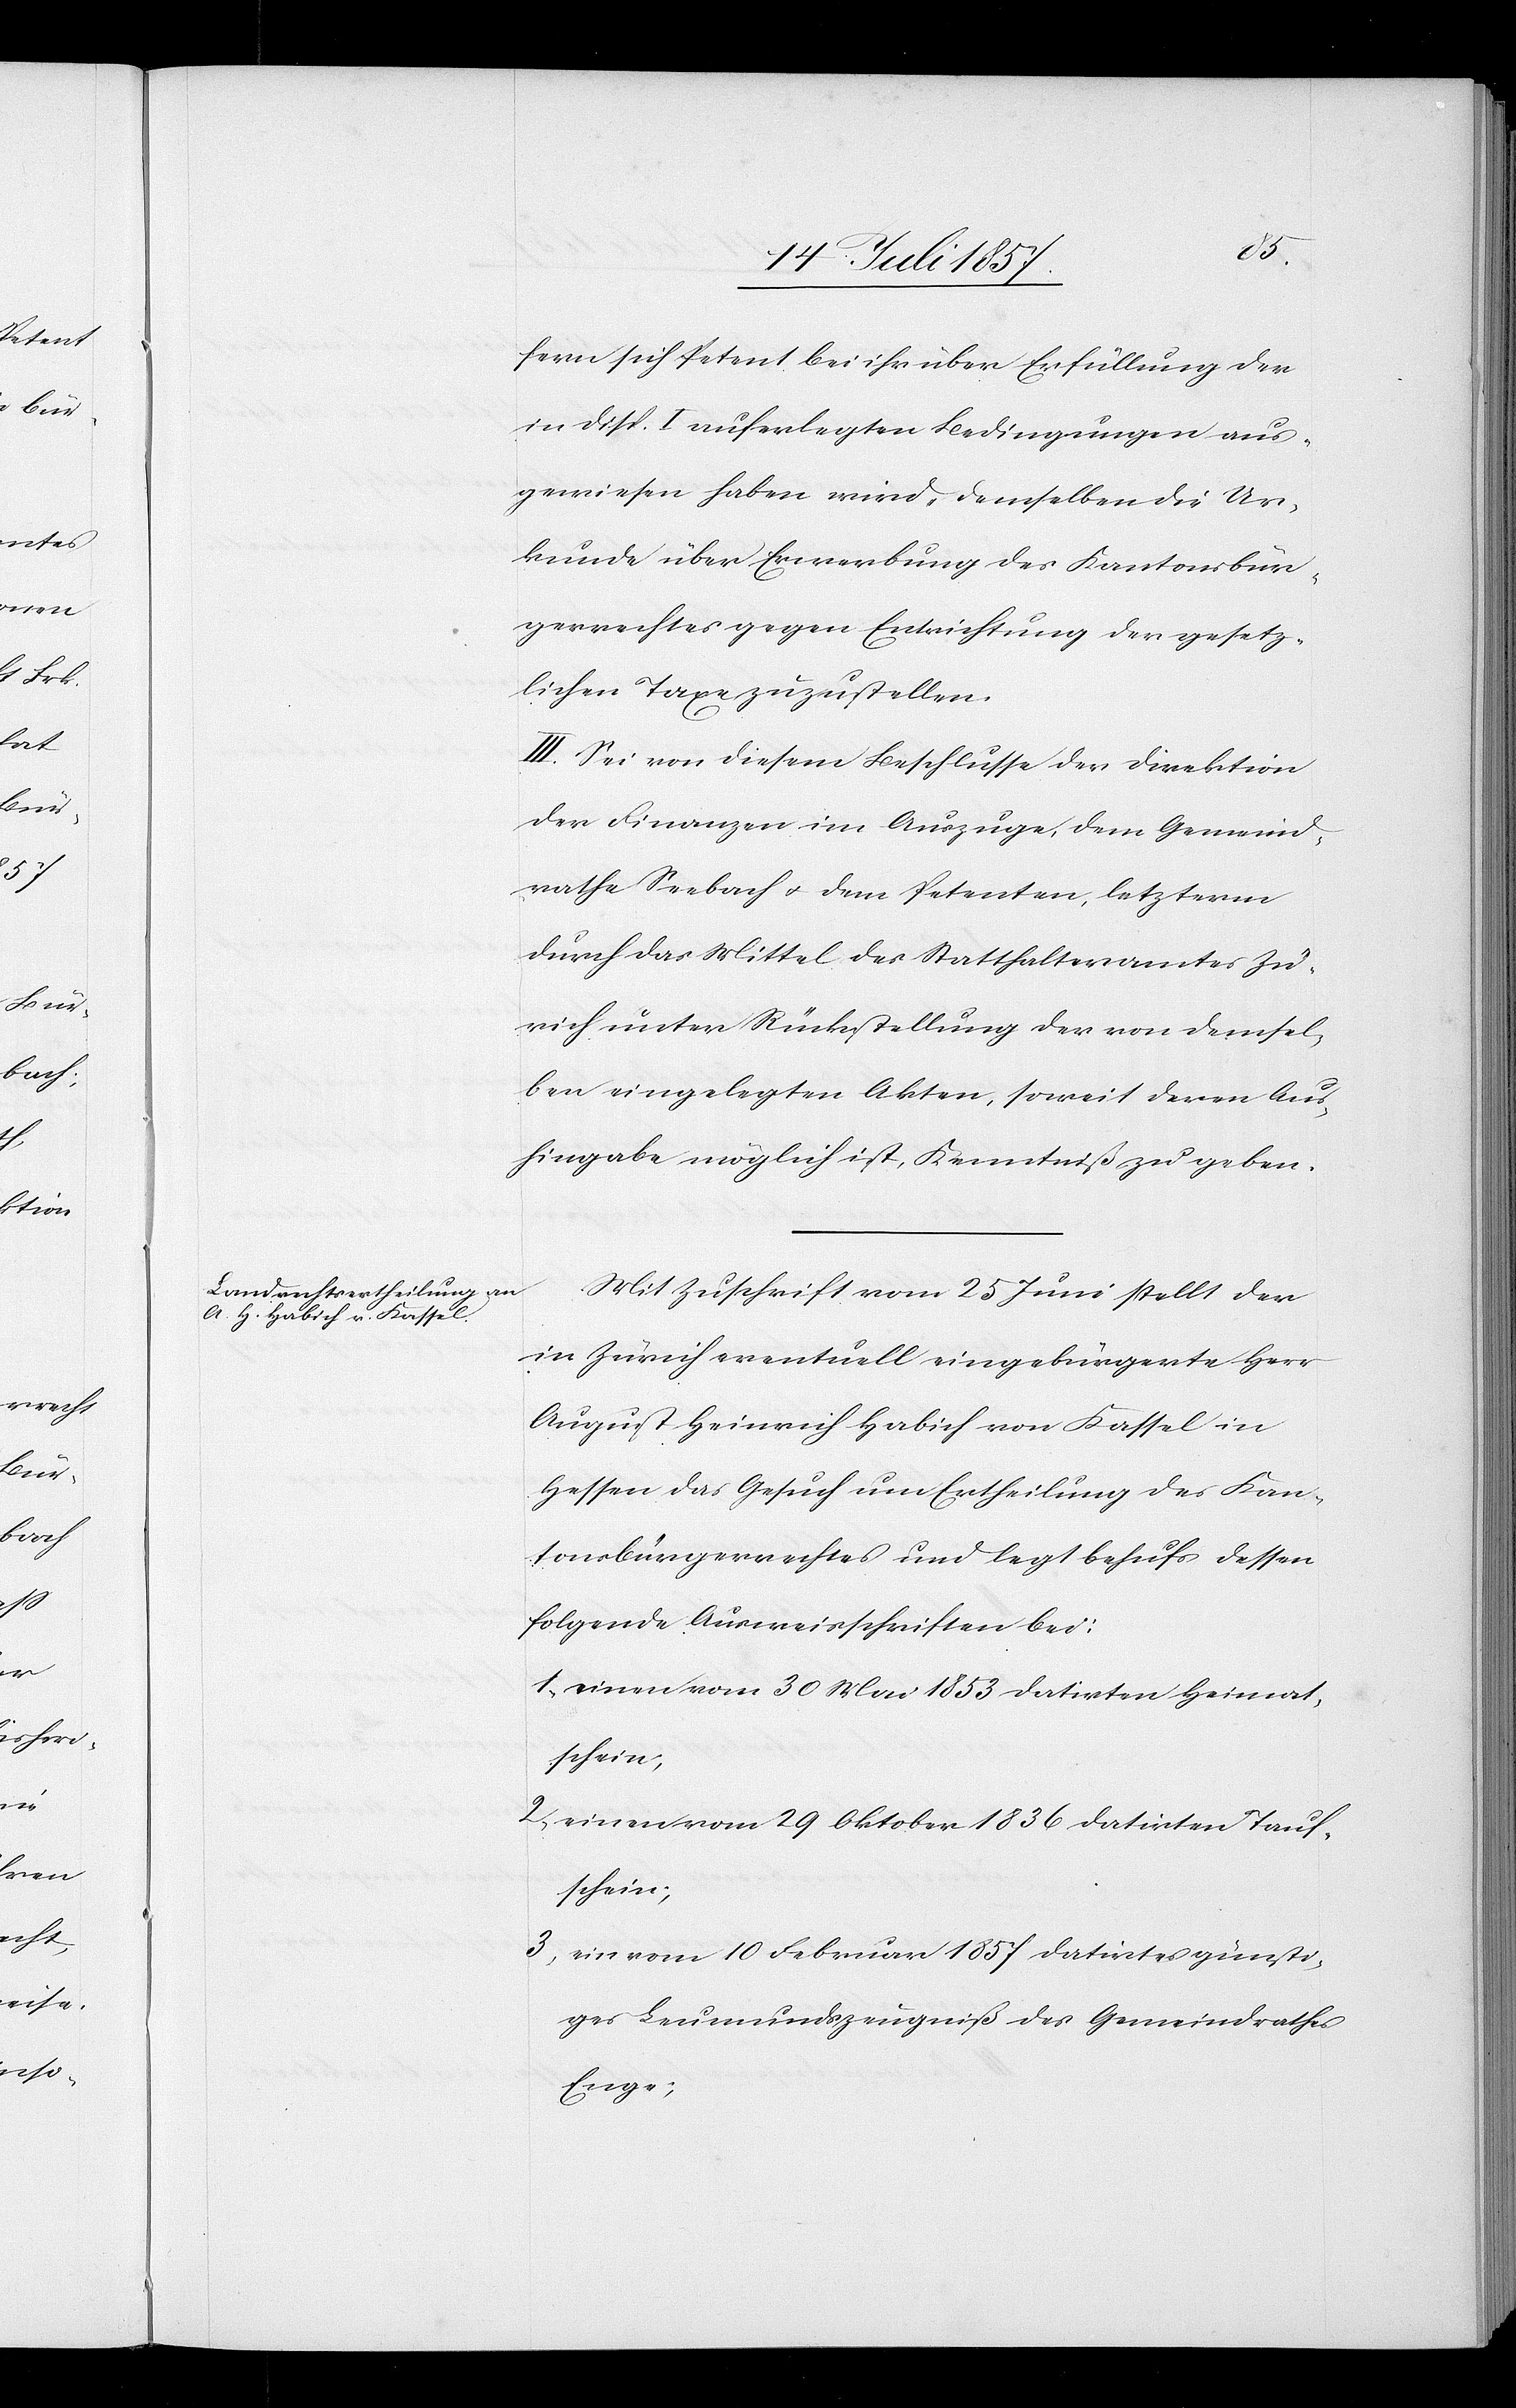
fern sich Petent bei ihr über Erfüllung der
in Disp. I auferlegten Bedingungen aus¬
gewiesen haben wird, demselben die Ur¬
kunde über Erwerbung des Kantonsbür¬
gerrechtes gegen Entrichtung der gesetz¬
lichen Taxe zuzustellen.
III. Sei von diesem Beschlusse der Direktion
der Finanzen im Auszuge, dem Gemeind¬
rathe Seebach & dem Petenten, letzterm
durch das Mittel des Statthalteramtes Zü¬
rich unter Rückstellung der von demsel¬
ben eingelegten Akten, soweit deren Aus¬
hingabe möglich ist, Kenntniß zu geben.
Mit Zuschrift vom 25 Juni stellt der
in Zürich eventuell eingebürgerte Herr
August Heinrich Habich von Kassel in
Hessen das Gesuch um Ertheilung des Kan¬
tonsbürgerrechtes und legt behufs dessen
folgende Ausweisschriften bei:
1. einen vom 30 Mai 1853 datirten Heimat¬
schein,
2. einen vom 29 Oktober 1836 datirten Tauf¬
schein,
3. ein vom 10 Februar 1857 datirtes günsti¬
ges Leumundszeugniß des Gemeindrathes
Enge;